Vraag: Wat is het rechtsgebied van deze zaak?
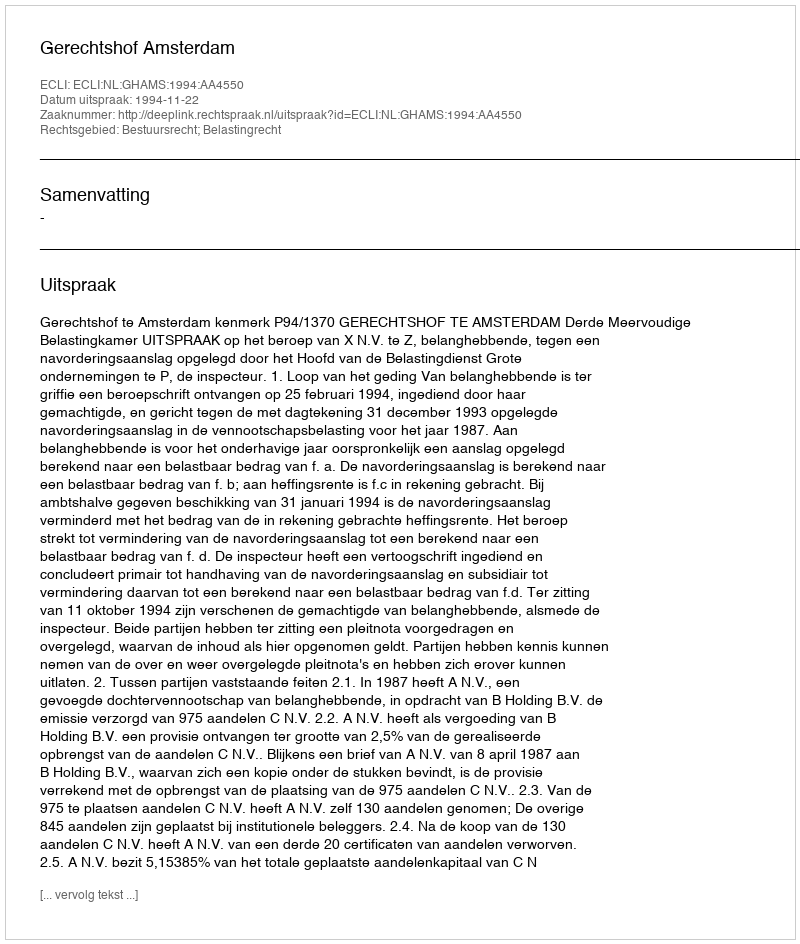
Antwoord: Bestuursrecht; Belastingrecht